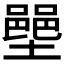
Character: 𫮳